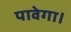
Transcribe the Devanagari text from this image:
पावेगा।